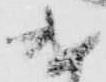
遣